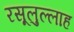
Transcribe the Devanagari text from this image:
रसूलुल्‍लाह